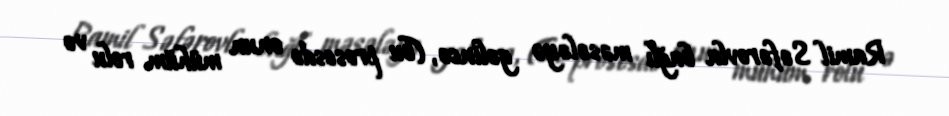
Ramil Səfərovla bağlı məsələyə gəlincə, (bu prosesdə onun mühüm rolu və